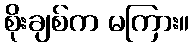
စိုးချစ်က မကြား။